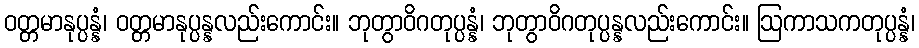
ဝတ္တမာနုပ္ပန္နံ၊ ဝတ္တမာနုပ္ပန္နလည်းကောင်း။ ဘုတွာဝိဂတုပ္ပန္နံ၊ ဘုတွာဝိဂတုပ္ပန္နလည်းကောင်း။ ဩကာသကတုပ္ပန္နံ၊